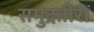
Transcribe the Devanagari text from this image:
समुद्रतीरीं